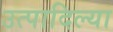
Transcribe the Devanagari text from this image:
उत्पादिल्या